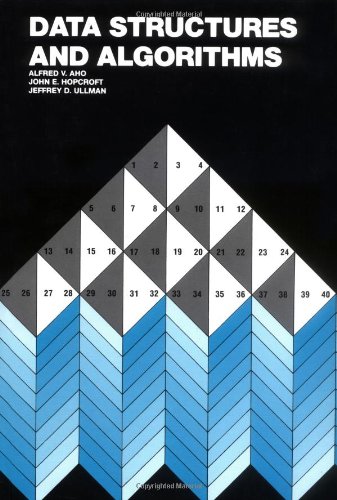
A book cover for Data Structures and Algorithms; Alfred V. Aho; Computers & Technology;